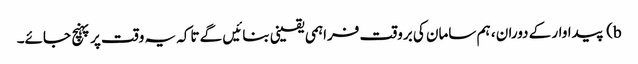
b) پیداوار کے دوران ، ہم سامان کی بروقت فراہمی یقینی بنائیں گے تاکہ یہ وقت پر پہنچ جائے۔